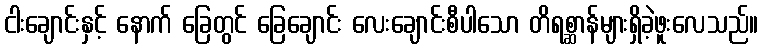
ငါးချောင်းနှင့် နောက် ခြေတွင် ခြေချောင်း လေးချောင်းစီပါသော တိရစ္ဆာန်များရှိခဲ့ဖူးလေသည်။